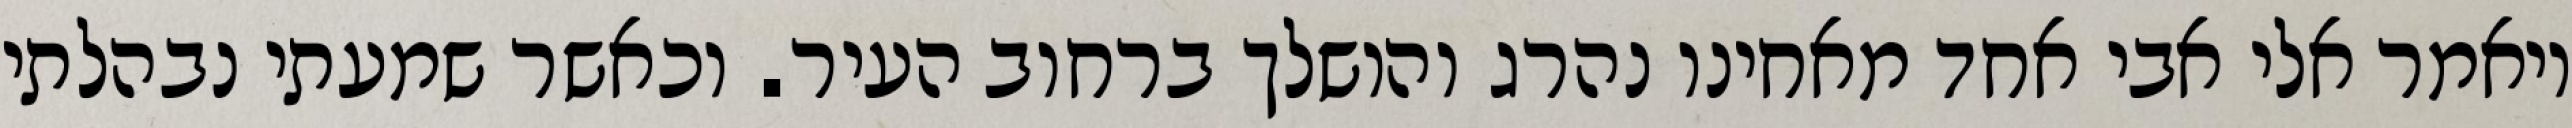
ויאמר אלי אבי אחד מאחינו נהרג והושלך ברחוב העיר. וכאשר שמעתי נבהלתי